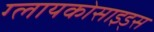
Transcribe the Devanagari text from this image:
ग्लायकोसाइड्‌स